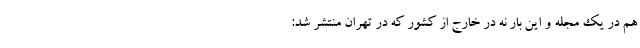
هم در یک مجله و این بار نه در خارج از کشور که در تهران منتشر شد: